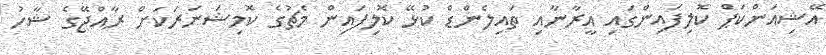
އޭޝިއަންކަޕް ކޮލިފައިންގައި އީރާނާއި ތައިލެންޑް ކުޅޭ ކޮލިފައިން މެޗުގެ ކޮމިޝަނަރަކަށް ރާއްޖޭގެ ޝާހު